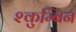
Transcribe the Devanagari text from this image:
श्कुम्बिन